Annual report of the Imperial Bacteriologist
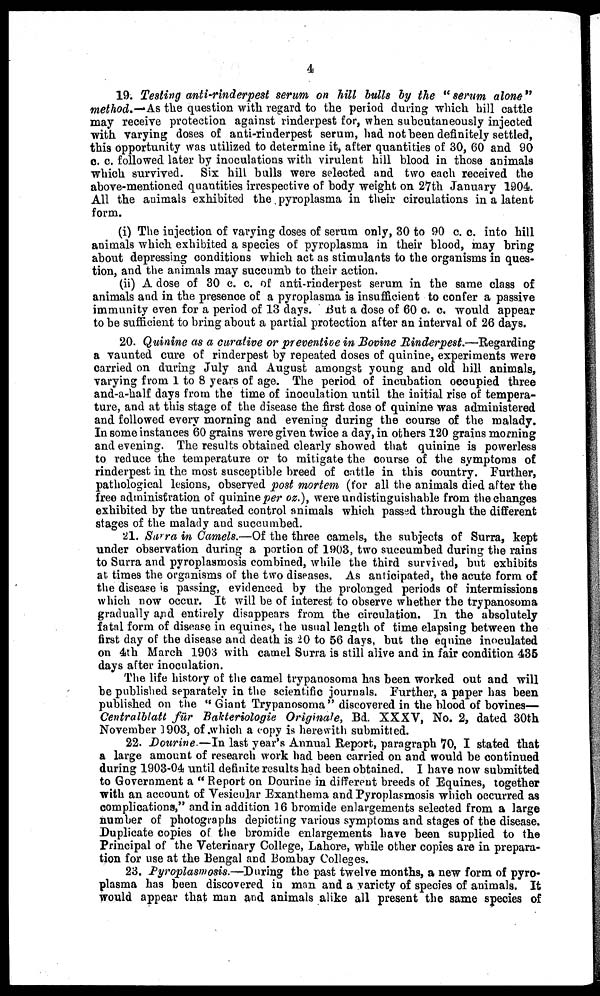
4
19. Testing anti-rinderpest serum on hill bulls by the "serum alone"
method.-As the question with regard to the period during which hill cattle
may receive protection against rinderpest for, when subcutaneously injected
with varying doses of anti-rinderpest serum, had not been definitely settled,
this opportunity was utilized to determine it, after quantities of 30, 60 and 90
c. c. followed later by inoculations with virulent hill blood in those animals
which survived. Six hill bulls were selected and two each received the
above-mentioned quantities irrespective of body weight on 27th January 1904.
All the animals exhibited the pyroplasma in their circulations in a latent
form.
(i) The injection of varying doses of serum only, 30 to 90 c. c. into hill
animals which exhibited a species of pyroplasma in their blood, may bring
about depressing conditions which act as stimulants to the organisms in ques-
tion, and the animals may succumb to their action.
(ii) A dose of 30 c. c. of anti-rinderpest serum in the same class of
animals and in the presence of a pyroplasma is insufficient to confer a passive
immunity even for a period of 13 days. But a dose of 60 c. c. would appear
to be sufficient to bring about a partial protection after an interval of 26 days.
20. Quinine as a curative or preventive in Bovine Rinderpest.—Regarding
a vaunted cure of rinderpest by repeated doses of quinine, experiments were
carried on during July and August amongst young and old hill animals,
varying from 1 to 8 years of age. The period of incubation occupied three
and-a-half days from the time of inoculation until the initial rise of tempera-
ture, and at this stage of the disease the first dose of quinine was administered
and followed every morning and evening during the course of the malady.
In some instances 60 grains were given twice a day, in others 120 grains morning
and evening. The results obtained clearly showed that quinine is powerless
to reduce the temperature or to mitigate the course of the symptoms of
rinderpest in the most susceptible breed of cattle in this country. Further,
pathological lesions, observed post mortem (for all the animals died after the
free administration of quinine per oz.), were undistinguishable from the changes
exhibited by the untreated control animals which passed through the different
stages of the malady and succumbed.
21. Surra in Camels.—Of the three camels, the subjects of Surra, kept
under observation during a portion of 1903, two succumbed during the rains
to Surra and pyroplasmosis combined, while the third survived, but exhibits
at times the organisms of the two diseases. As anticipated, the acute form of
the disease is passing, evidenced by the prolonged periods of intermissions
which now occur. It will be of interest to observe whether the trypanosoma
gradually and entirely disappears from the circulation. In the absolutely
fatal form of disease in equines, the usual length of time elapsing between the
first day of the disease and death is 20 to 56 days, but the equine inoculated
on 4th March 1903 with camel Surra is still alive and in fair condition 435
days after inoculation.
The life history of the camel trypanosoma has been worked out and will
be published separately in the scientific journals. Further, a paper has been
published on the "Giant Trypanosoma" discovered in the blood of bovines—
Centralblatt für Bakteriologie Originale, Bd. XXXV, No. 2, dated 30th
November 1903, of which a copy is herewith submitted.
22. Dourine—In last year's Annual Report, paragraph 70, I stated that
a large amount of research work had been carried on and would be continued
during 1903-04 until definite results had been obtained. I have now submitted
to Government a " Report on Dourine in different breeds of Equines, together
with an account of Vesicular Exanthema and Pyroplasmosis which occurred as
complications," and in addition 16 bromide enlargements selected from a large
number of photographs depicting various symptoms and stages of the disease.
Duplicate copies of the bromide enlargements have been supplied to the
Principal of the Veterinary College, Lahore, while other copies are in prepara-
tion for use at the Bengal and Bombay Colleges.
23. Pyroplasmosis.—During the past twelve months, a new form of pyro-
plasma has been discovered in man and a variety of species of animals. It
would appear that man and animals alike all present the same species of